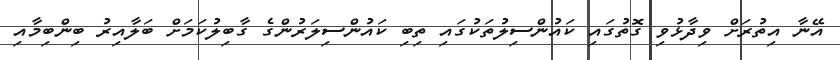
އޭނާ އިތުރަށް ވިދާޅުވި ގޮތުގައި ކައުންސިލުތަކުގައި ތިބި ކައުންސިލަރުންގެ ގާބިލުކަމަށް ބަލާއިރު ބިންބިމާއި